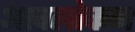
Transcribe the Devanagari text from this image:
आवलोकन